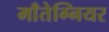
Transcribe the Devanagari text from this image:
माँतेग्नियर